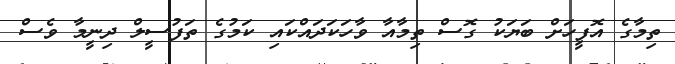
ތިމާގެ އޮފީހަށް ބަޔަކު ގޮސް ތިމާއާ ވާހަކަދައްކައި ކަމުގެ ތަފުސީލް ދިނީމާ ވެސް